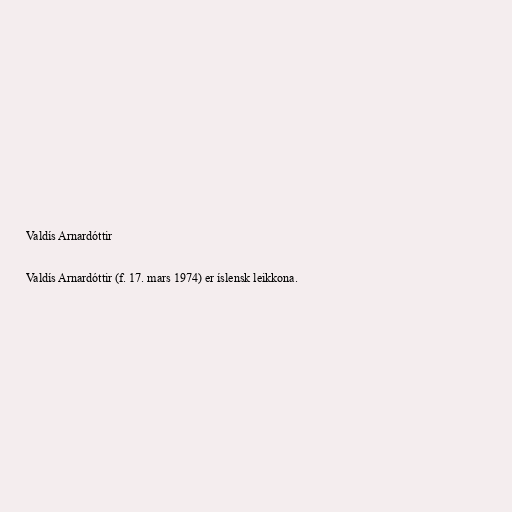
Valdís Arnardóttir

Valdís Arnardóttir (f. 17. mars 1974) er íslensk leikkona.